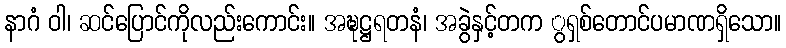
နာဂံ ဝါ၊ ဆင်ပြောင်ကိုလည်းကောင်း။ အဍ္ဎဋ္ဌရတနံ၊ အခွဲနှင့်တက ွရှစ်တောင်ပမာဏရှိသော။